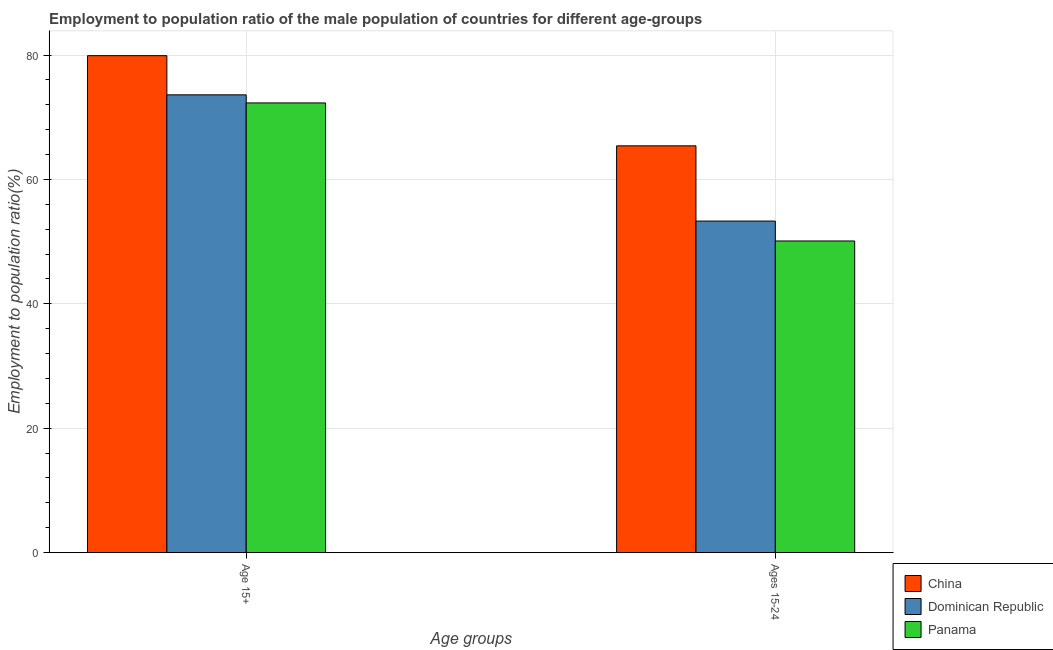
| Age groups | China | Dominican Republic | Panama |
 | --- | --- | --- | --- |
 | Age 15+ | 79.9 | 73.6 | 72.3 |
 | Ages 15-24 | 65.4 | 53.3 | 50.1 |